Civil Veterinary Dept. Bombay admin report 1907-1913 - 1907-1913
Year: 1907
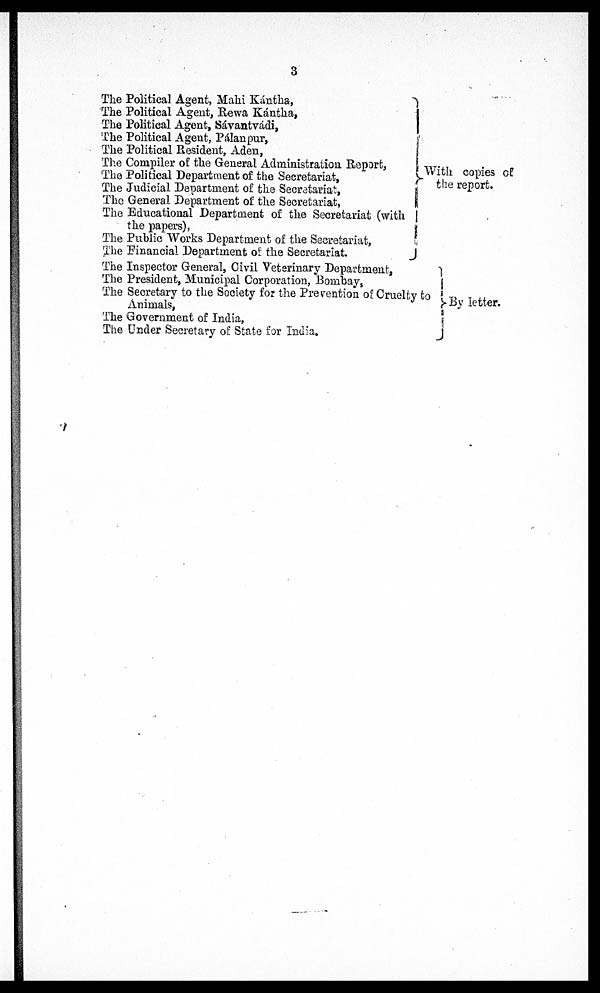
3
The Political Agent, Mahi Kántha,
The Political Agent, Rewa Kántha,
The Political Agent, Sávantvádi,
The Political Agent, Pálanpur,
The Political Resident, Aden,
The Compiler of the General Administration Report,
The Political Department of the Secretariat,
The Judicial Department of the Secretariat,
The General Department of the Secretariat,
The Educational Department of the Secretariat (with
the papers),
The Public Works Department of the Secretariat,
The Financial Department of the Secretariat.
The Inspector General, Civil Veterinary Department,
The President, Municipal Corporation, Bombay,
The Secretary to the Society for the Prevention of Cruelty to
Animals,
The Government of India,
The Under Secretary of State for India.
With copies of
the report.
By letter.